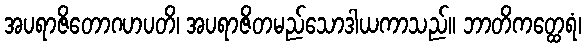
အပရာဇိတောဂဟပတိ၊ အပရာဇိတမည်သောဒါယကာသည်။ ဘာတိကတ္ထေရံ၊